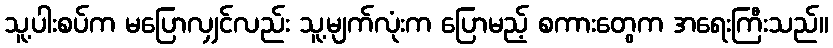
သူ့ပါးစပ်က မပြောလျှင်လည်း သူ့မျက်လုံးက ပြောမည့် စကားတွေက အရေးကြီးသည်။